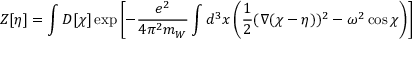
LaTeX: Z [ \eta ] = \int { \cal D } [ \chi ] \exp \left[ - { \frac { e ^ { 2 } } { 4 \pi ^ { 2 } m _ { W } } } \int d ^ { 3 } x \left( { \frac { 1 } { 2 } } ( \nabla ( \chi - \eta ) ) ^ { 2 } - \omega ^ { 2 } \cos \chi \right) \right]